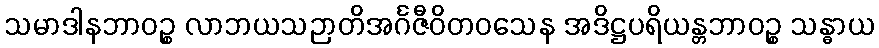
သမာဒါနဘာဝဉ္စ လာဘယသဉာတိအင်္ဂဇီဝိတဝသေန အဒိဋ္ဌပရိယန္တဘာဝဉ္စ သန္ဓာယ